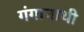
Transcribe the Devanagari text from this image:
गंगानाथी